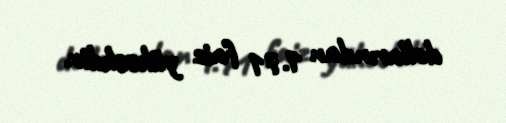
dollarından 1.71 faiz yüksəkdir.